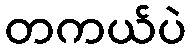
တကယ်ပဲ